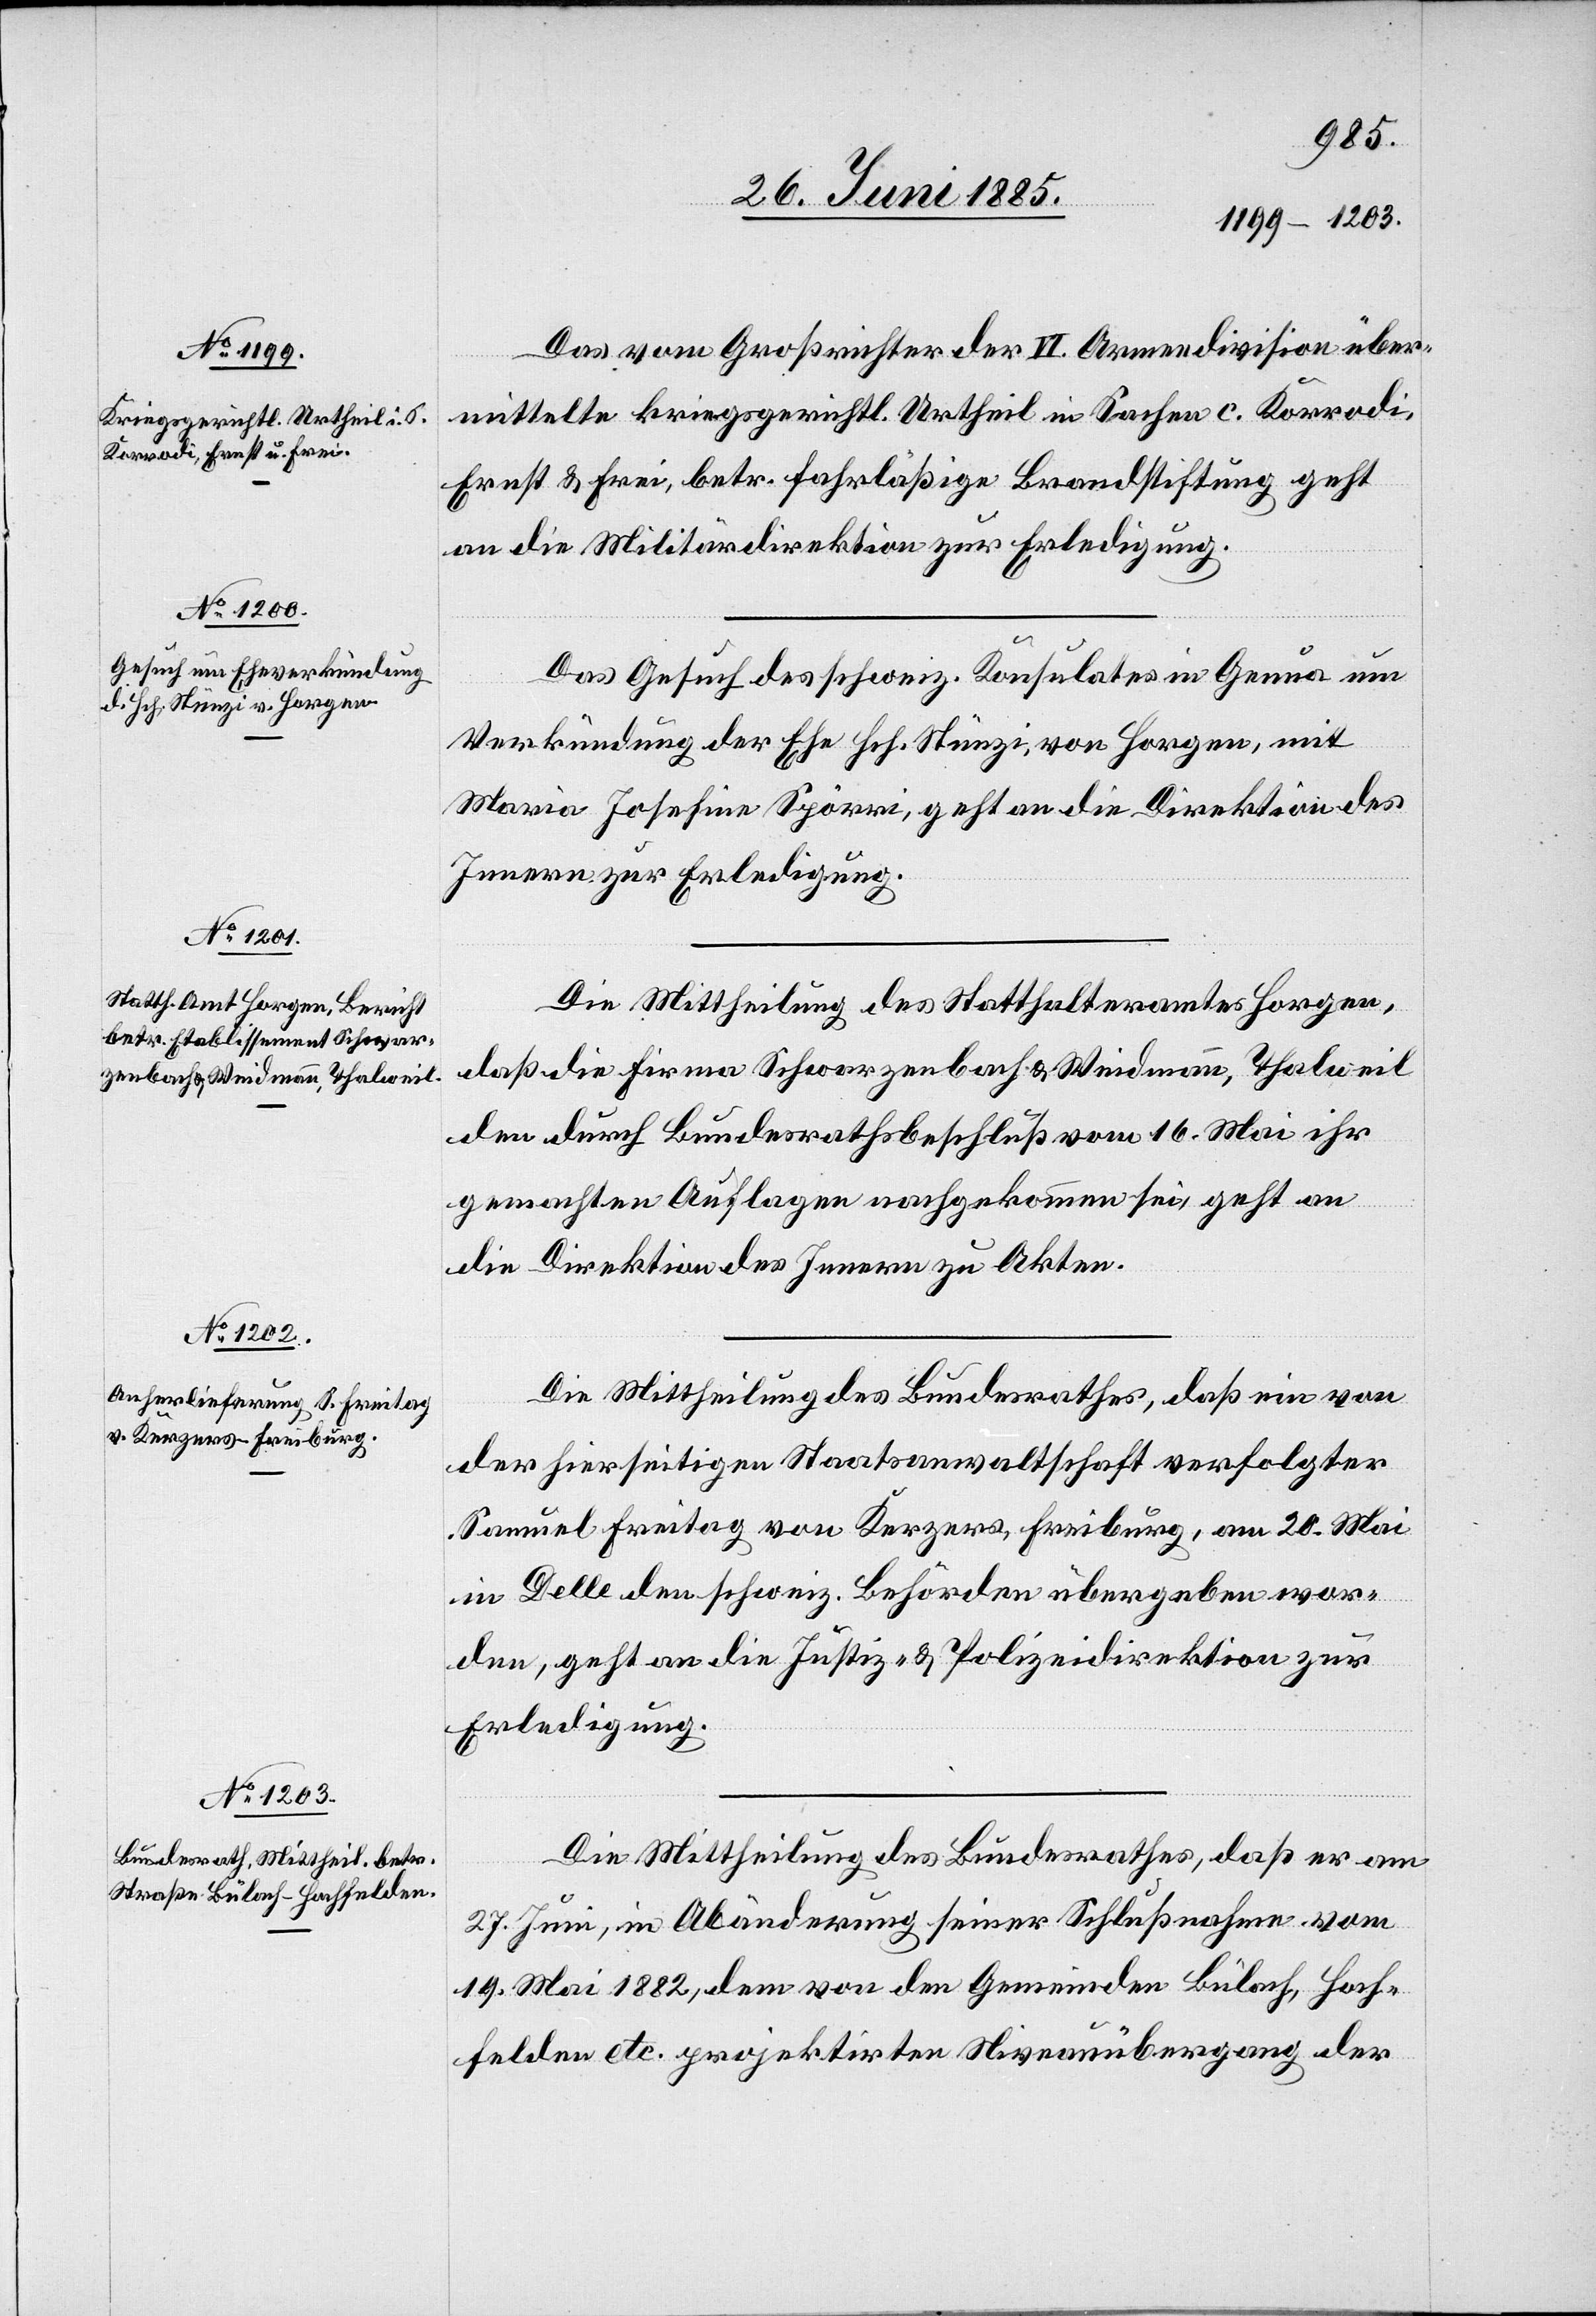
29. Juni 1885.]
Das vom Großrichter der VI. Armendivision über¬
mittelte Kriegsgerichtl. Urtheil in Sachen c. Korrodi,
Ernst & Frei, betr. fahrläßige Brandstiftung geht
an die Militärdirektion zur Erledigung.
Das Gesuch des schweiz. Konsulates in Genua um
Verkündung der Ehe Hch. Stünzi, von Horgen, mit
Marie Josefine Spörri, geht an die Direktion des
Innern zur Erledigung.
Die Mittheilung des Statthalteramtes Horgen,
daß die Firma Schwarzenbach & Weidmann, Thalweil
den durch Bundesrathsbeschluß vom 16. Mai ihr
gemachten Auflagen nachgekommen sei, geht an
die Direktion des Innern zu Akten.
Die Mittheilung des Bundesrathes, daß ein von
der hierseitigen Staatsanwaltschaft verfolgter
Samuel Freitag von Kerzers, Freiburg, am 20. Mai
in Delle den schweiz. Behörden übergeben wor¬
den, geht an die Justiz- & Polizeidirektion zur
Erledigung.
Die Mittheilung des Bundesrathes, daß er am
27. Juni, in Abänderung seiner Schlußnahme vom
19. Mai 1882, dem von den Gemeinden Bülach, Hoch¬
felden etc. projektirten Niveauübergang der